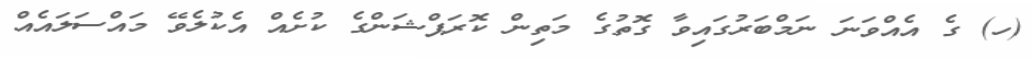
(ހ) ގެ އެއްވަނަ ނަމްބަރުގައިވާ ގޮތުގެ މަތިން ކޮރަޕްޝަންގެ ކުށެއް އެކުލެވޭ މައްސަލައެއް